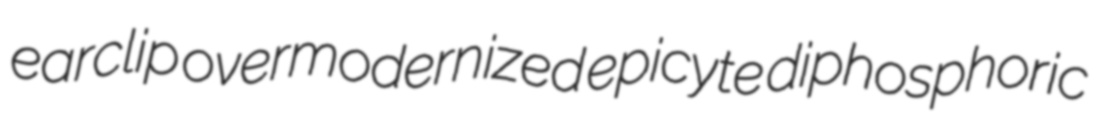
earclip overmodernized epicyte diphosphoric